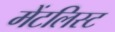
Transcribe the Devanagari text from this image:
मेंटलिस्ट